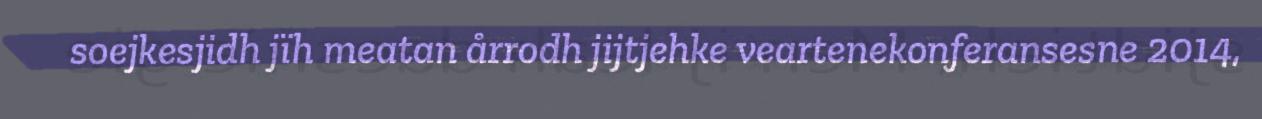
soejkesjidh jïh meatan årrodh jijtjehke veartenekonferansesne 2014,